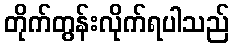
တိုက်တွန်းလိုက်ရပါသည်